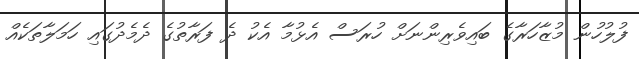
ފުލުހުން މުޒާހަރާގެ ބައިވެރިންނަށް ހުރަސް އެޅުމާ އެކު ދެ ފަރާތުގެ ދެމެދުގައި ހަމަލާތަކެއް